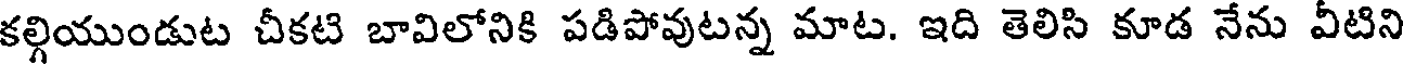
కల్గియుండుట చీకటి బావిలోనికి పడిపోవుటన్న మాట. ఇది తెలిసి కూడ నేను వీటిని